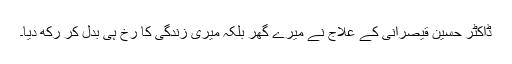
ڈاکٹر حسین قیصرانی کے علاج نے میرے گھر بلکہ میری زندگی کا رخ ہی بدل کر رکھ دیا۔